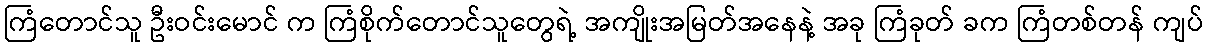
ကြံတောင်သူ ဦးဝင်းမောင် က ကြံစိုက်တောင်သူတွေရဲ့ အကျိုးအမြတ်အနေနဲ့ အခု ကြံခုတ် ခက ကြံတစ်တန် ကျပ်